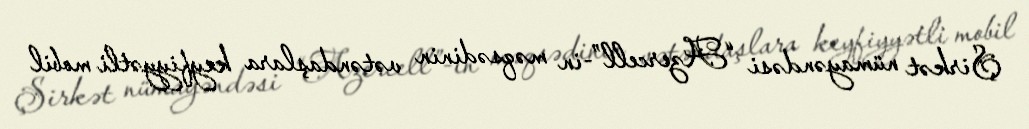
Şirkət nümayəndəsi “Azercell”-in məqsədinin vətəndaşlara keyfiyyətli mobil